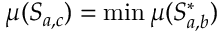
\mu ( S _ { a , c } ) = \operatorname* { m i n } \mu ( S _ { a , b } ^ { * } )